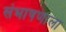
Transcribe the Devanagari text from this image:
संभाषणाला